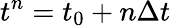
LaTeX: t^{n}=t_{0}+n\Delta t